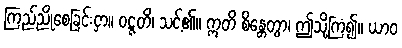
ကြည်ညိုစေခြင်းငှာ။ ဝဋ္ဋတိ၊ သင့်၏။ ဣတိ စိန္တေတွာ၊ ဤသို့ကြံ၍။ ယာဝ